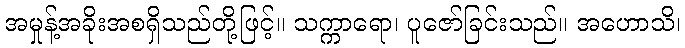
အမှုန့်အခိုးအစရှိသည်တို့ဖြင့်။ သက္ကာရော၊ ပူဇော်ခြင်းသည်။ အဟောသိ၊